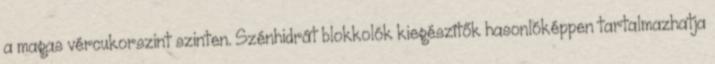
a magas vércukorszint szinten. Szénhidrát blokkolók kiegészítők hasonlóképpen tartalmazhatja